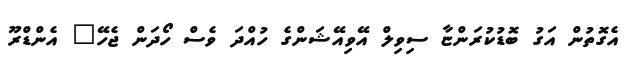
އެގޮތުން އަގު ބޮޑުކުރަންޏާ ސިވިލް އޭވިއޭޝަންގެ ހުއްދަ ވެސް ހޯދަން ޖެހޭ" އެންޑްރޫ